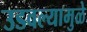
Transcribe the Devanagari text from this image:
उडवल्यामुळे